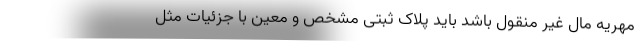
مهریه مال غیر منقول باشد باید پلاک ثبتی مشخص و معین با جزئیات مثل